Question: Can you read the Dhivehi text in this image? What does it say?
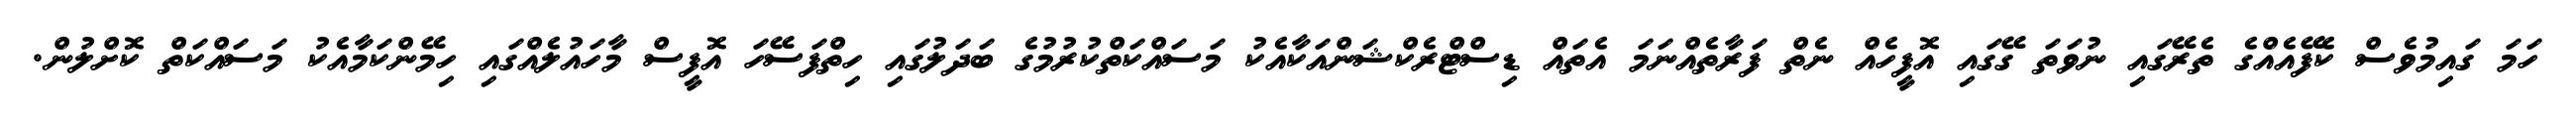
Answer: ހަމަ ގައިމުވެސް ކެފޭއެއްގެ ތެރޭގައި ނުވަތަ ގޭގައި އޮފީހެއް ނެތް ފަރާތެއްނަމަ އެތައް ޑިސްޓްރެކްޝަންއަކާއެކު މަސައްކަތްކުރުމުގެ ބަދަލުގައި ހިތްފަސޭހަ އޮފީސް މާހައުލެއްގައި ހިމޭންކަމާއެކު މަސައްކަތް ކޮށްލުން.